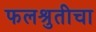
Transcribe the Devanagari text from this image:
फलश्रुतीचा